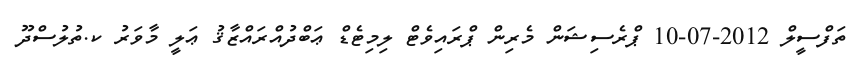
ތަފްސީލް 2012-07-10 ޕްރެސިޝަން މެރިން ޕްރައިވެޓް ލިމިޓެޑް ޢަބްދުއްރައްޒާޤު ޢަލީ މާވަރު ކ.ތުލުސްދޫ